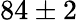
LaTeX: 84\pm 2